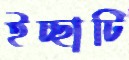
ইচ্ছাটি